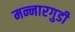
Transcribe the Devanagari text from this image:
मन्नारगुडी